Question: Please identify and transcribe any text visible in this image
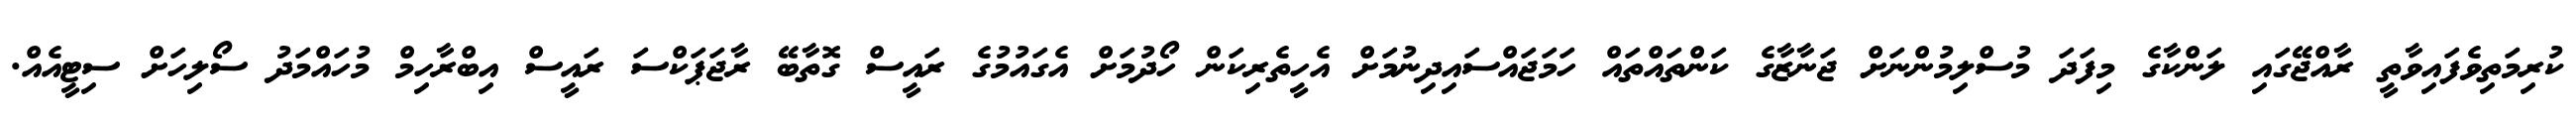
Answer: ކުރިމަތިވެފައިވާތީ ރާއްޖޭގައި ލަންކާގެ މިފަދަ މުސްލިމުންނަށް ޖަނާޒާގެ ކަންތައްތައް ހަމަޖައްސައިދިނުމަށް އެހީތެރިކަން ހޯދުމަށް އެގައުމުގެ ރައީސް ގޮތާބޭ ރާޖަޕަކްސަ ރައީސް އިބްރާހިމް މުހައްމަދު ސޯލިހަށް ސިޓީއެއް.